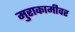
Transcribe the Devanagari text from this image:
मुराकामीवर